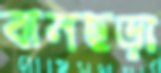
বানছড়া